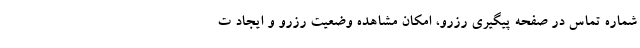
شماره تماس در صفحه پیگیری رزرو، امکان مشاهده وضعیت رزرو و ایجاد ت